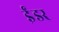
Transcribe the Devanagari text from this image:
ईंडर